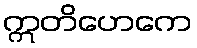
ဣတိဟေကေ